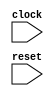
module BundleBridgeNexus_12(
  input   clock,
  input   reset
);
endmodule